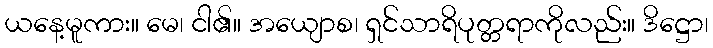
ယနေ့မူကား။ မေ၊ ငါ၏။ အယျောစ၊ ရှင်သာရိပုတ္တရာကိုလည်း။ ဒိဋ္ဌော၊